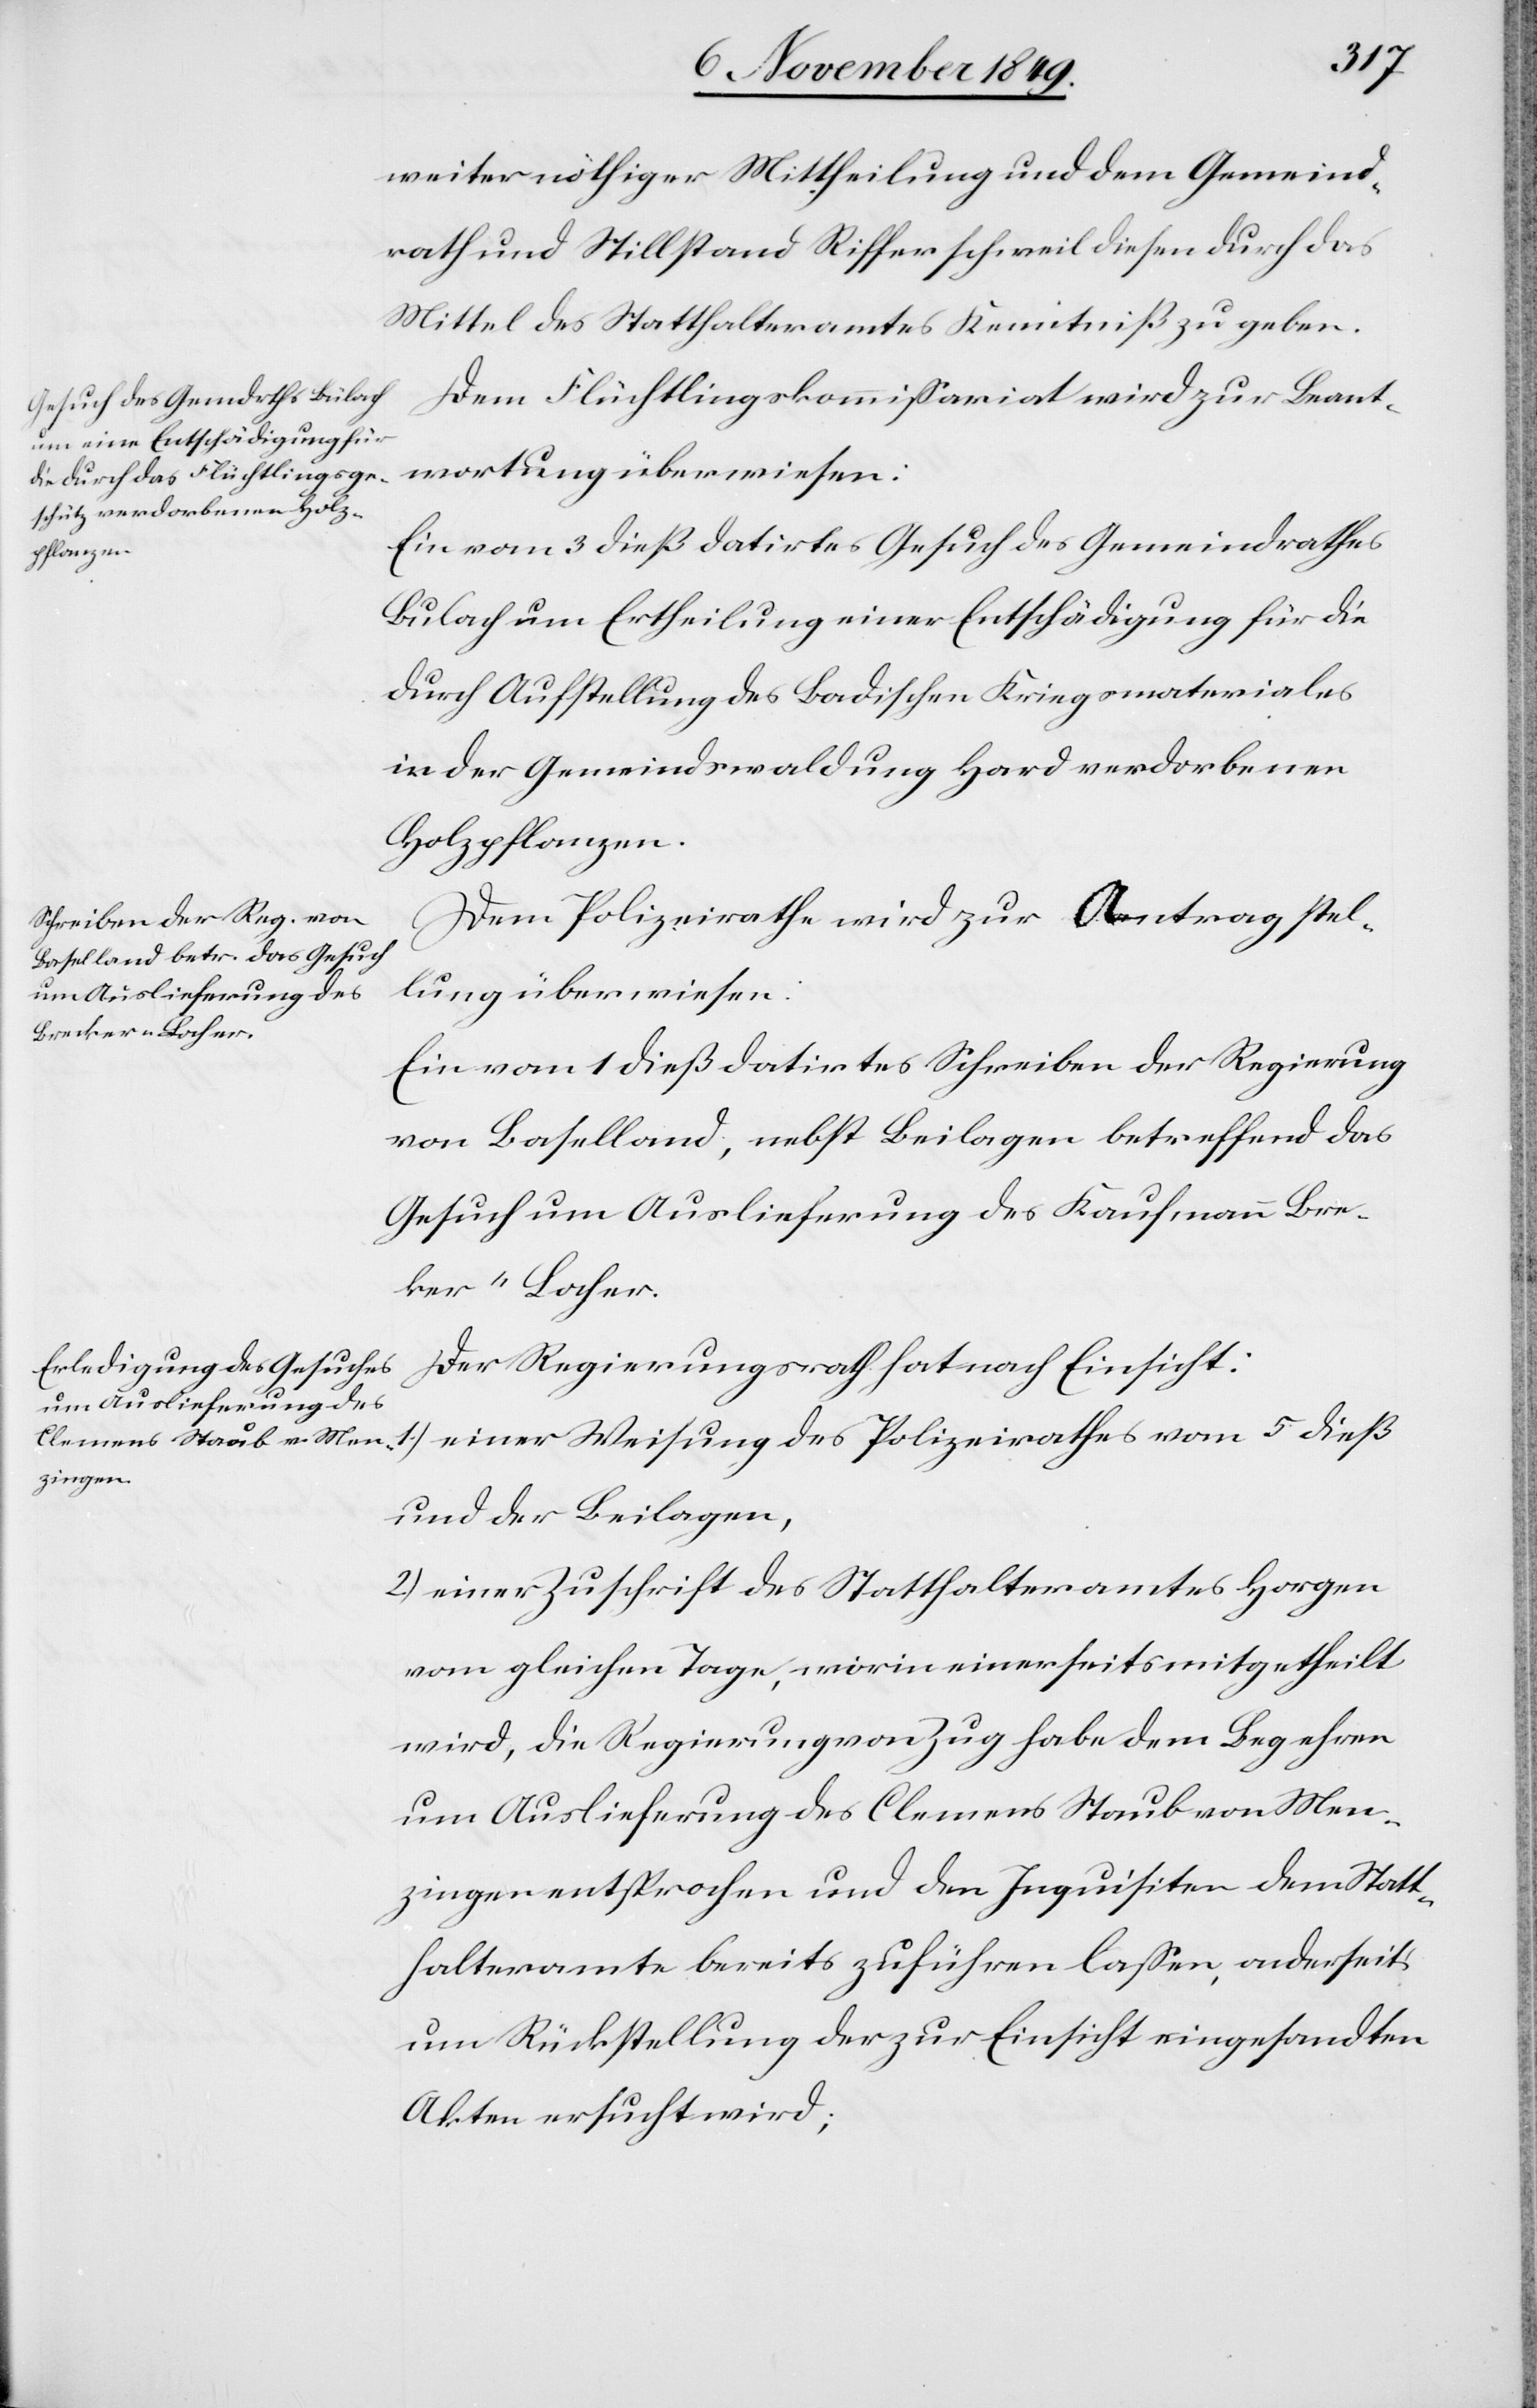
weiter nöthiger Mittheilung und dem Gemeind¬
rath und Stillstand Rifferschweil diesen durch das
Mittel des Statthalteramtes Kenntniß zu geben.
Dem Flüchtlingskommißariat wird zur Beant¬
wortung überwiesen:
Ein vom 3 dieß datirtes Gesuch des Gemeindrathes
Bülach um Ertheilung einer Entschädigung für die
durch Aufstellung des Badischen Kriegsmateriales
in der Gemeindswaldung Hard verdorbenen
Holzpflanzen.
Dem Polizeirathe wird zur Antragstel¬
lung überwiesen:
Ein vom 1 dieß datirtes Schreiben der Regierung
von Baselland, nebst Beilagen betreffend das
Gesuch um Auslieferung des Kaufmann Bre¬
ker-Locher
Der Regierungsrath hat nach Einsicht:
und der Beilagen,
2.) einer Zuschrift des Statthalteramtes Horgen
vom gleichen Tage, worin einerseits mitgetheilt
wird, die Regierung von Zug habe dem Begehren
um Auslieferung des Clemens Staub von Men¬
zingen entsprochen und dem Inquisiten dem Statt¬
halteramte bereits zuführen laßen, anderseits
um Rückstellung der zur Einsicht eingesandten
Akten ersucht wird;